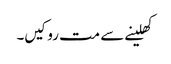
کھلینے سے مت روکیں۔